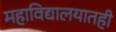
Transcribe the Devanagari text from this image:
महाविद्यालयातही